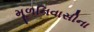
મૂળનિવાસીના